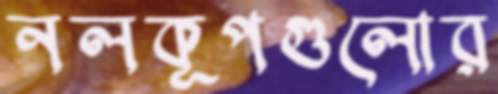
নলকূপগুলোর